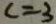
c = 3